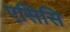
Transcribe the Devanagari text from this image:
एसिसि